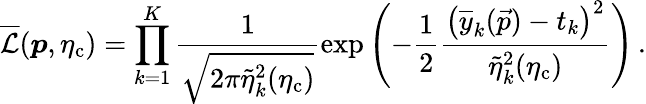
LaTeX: \overline{{\mathcal{L}}}(\boldsymbol{p},\eta_{\mathrm{c}})=\prod_{k=1}^{K}\frac{1}{\sqrt{2\pi\tilde{\eta}_{k}^{2}(\eta_{\mathrm{c}})}}\exp{\left(-\frac{1}{2}\frac{\left(\overline{{y}}_{k}(\vec{p})-t_{k}\right)^{2}}{\tilde{\eta}_{k}^{2}(\eta_{\mathrm{c}})}\right)}\, .